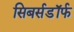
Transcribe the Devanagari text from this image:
सिबर्सडॉर्फ